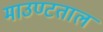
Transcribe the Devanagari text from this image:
माउण्टताल